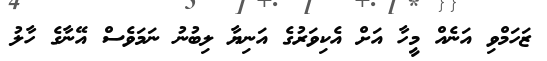
ޒަހަމްވި އަނެއް މީހާ އަށް އެކިވަރުގެ އަނިޔާ ލިބުނު ނަމަވެސް އޭނާގެ ހާލު